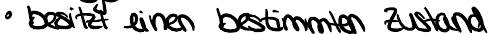
besitzt einen bestimmten Zustand